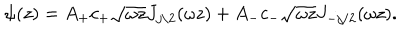
LaTeX: \psi ( z ) = A _ { + } c _ { + } \sqrt { \omega z } J _ { j / 2 } ( \omega z ) + A _ { - } c _ { - } \sqrt { \omega z } J _ { - j / 2 } ( \omega z ) .